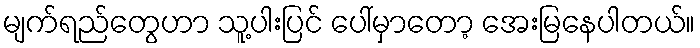
မျက်ရည်တွေဟာ သူ့ပါးပြင် ပေါ်မှာတော့ အေးမြနေပါတယ်။